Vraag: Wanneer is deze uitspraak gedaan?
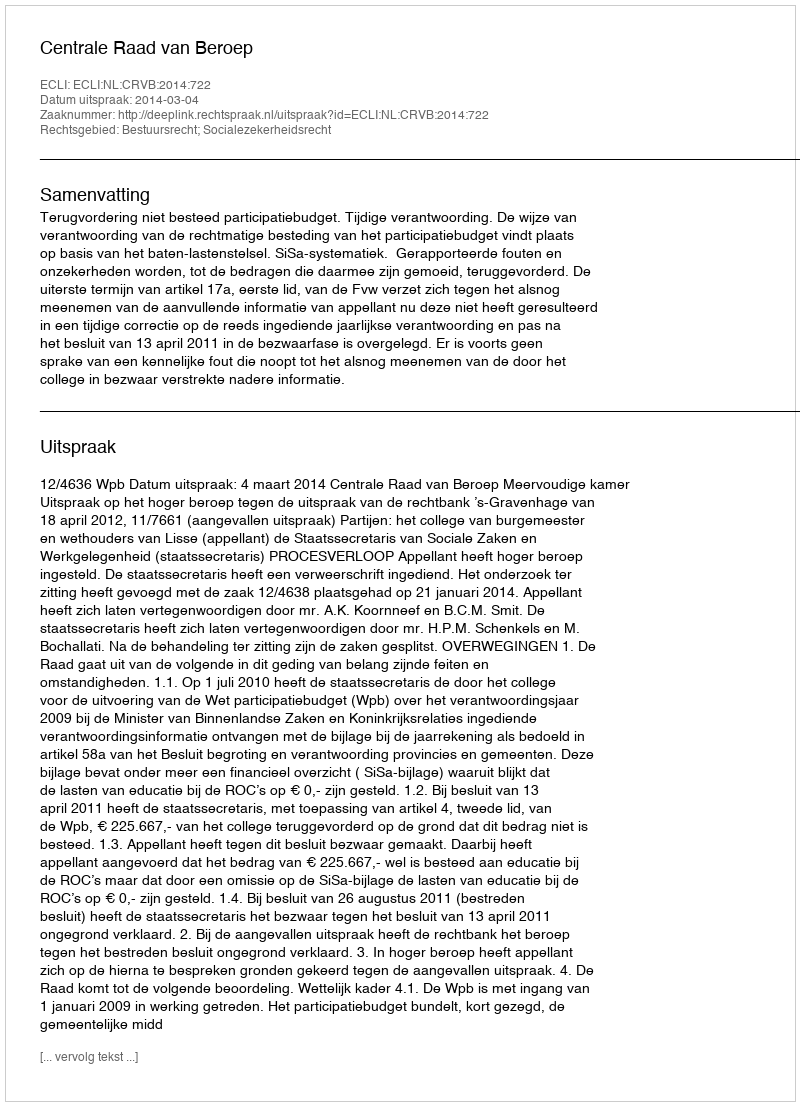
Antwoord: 2014-03-04